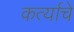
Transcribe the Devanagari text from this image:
कर्त्याचे